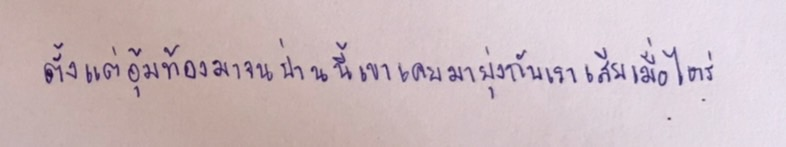
ตั้งแต่อุ้มท้องมาจนป่านนี้เขาเคยมายุ่งกับเราเสียเมื่อไหร่